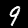
Digit: 9